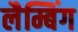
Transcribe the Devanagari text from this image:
लैम्बिंग